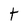
Character: t